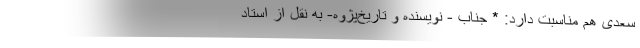
سعدی هم مناسبت دارد: * جناب - نویسنده و تاریخ‌پژوه- به نقل از استاد